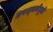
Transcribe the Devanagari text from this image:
तपश्‍चर्येमुळे